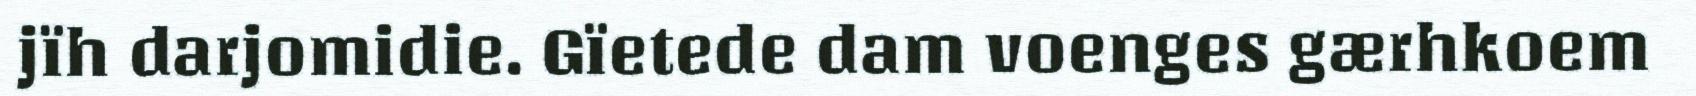
jïh darjomidie. Gïetede dam voenges gærhkoem